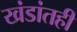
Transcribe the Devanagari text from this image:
खंडांतही